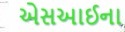
એસઆઈના